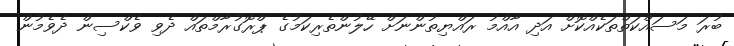
ބުރަ މަސައްކަތްތަކެއްކޮށް އަދި އާއްމު ރައްޔިތުންނަށް ހޭލުންތެރިކަމުގެ ޕްރޮގުރާމްތައް ދެވި ވެކްސިން ދެވެމުން